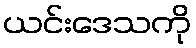
ယင်းဒေသကို